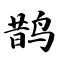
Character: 鹊